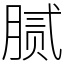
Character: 腻